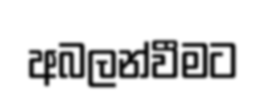
අබලන්වීමට